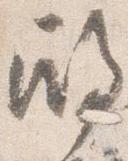
殿